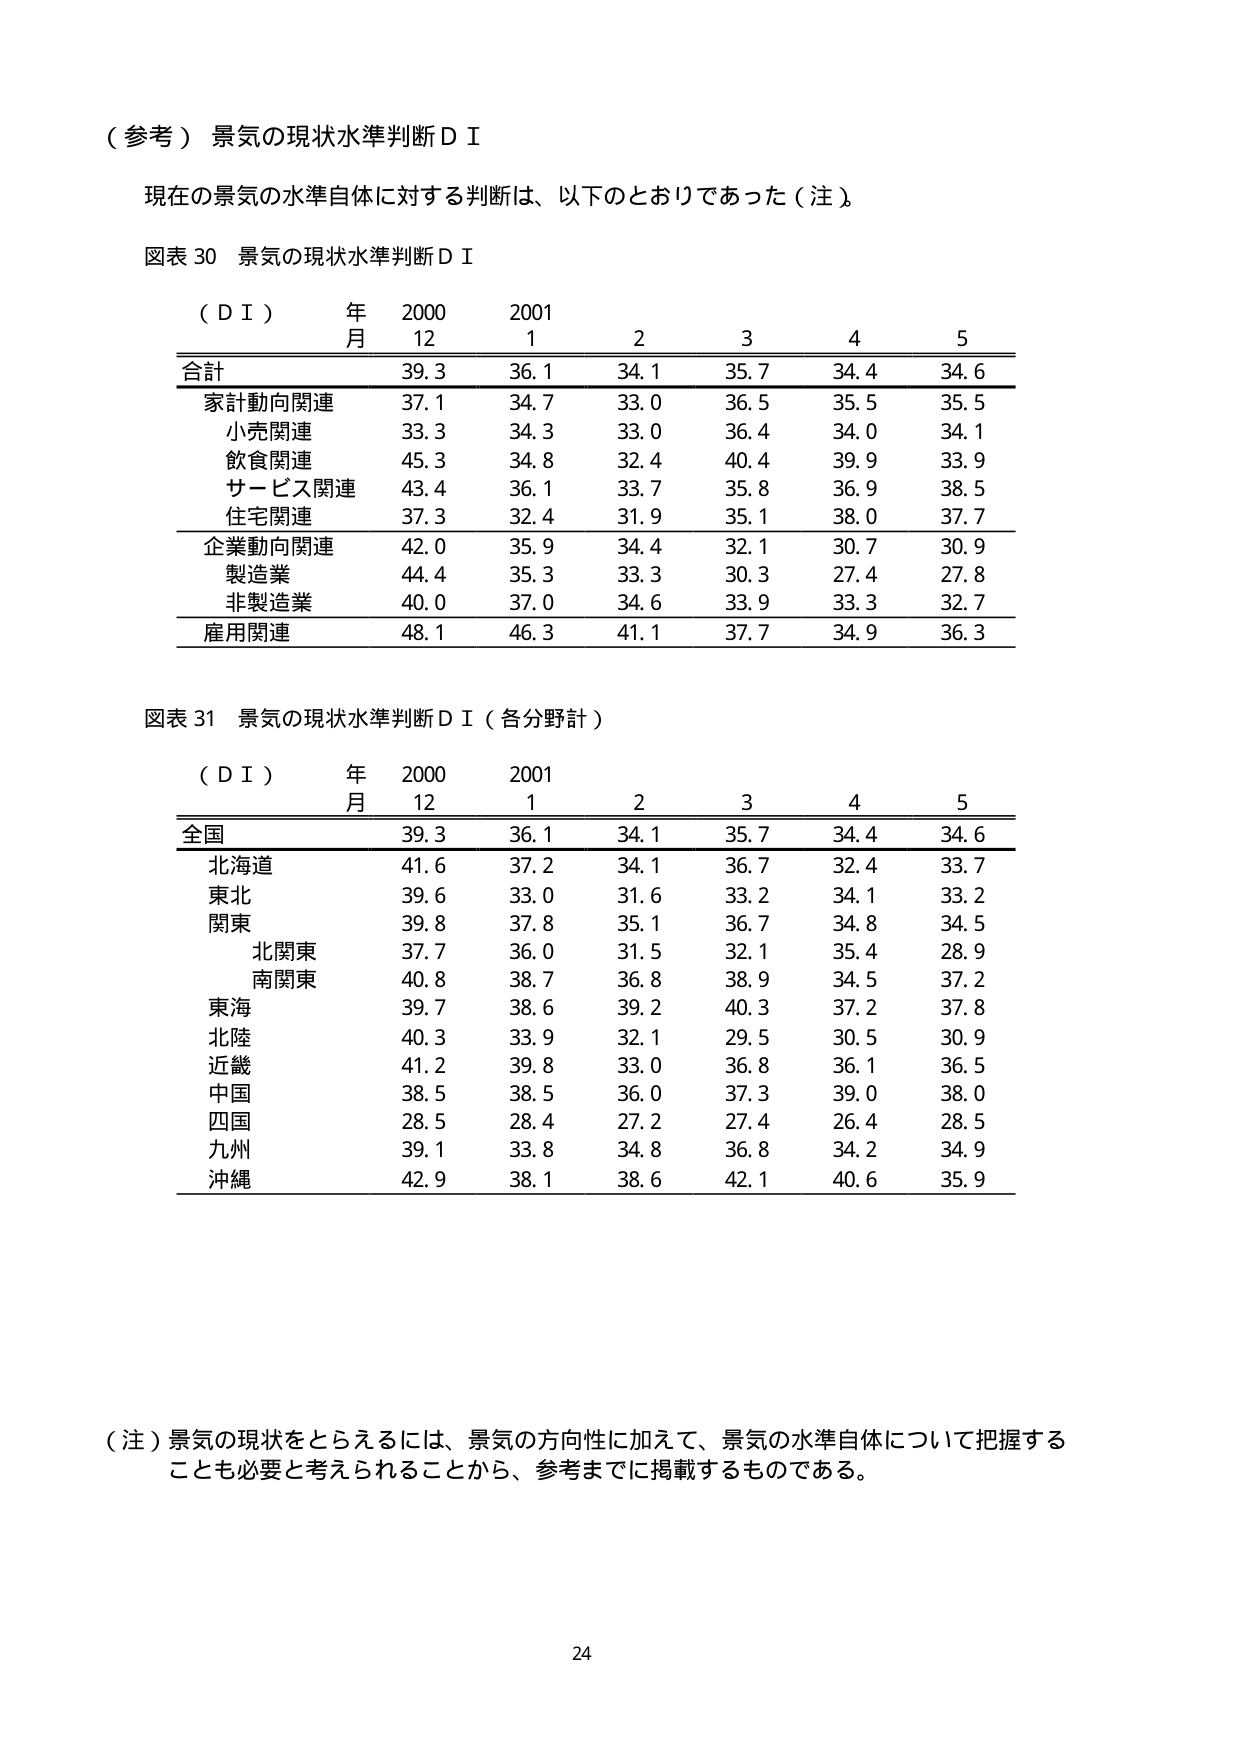
（参考）景気の現状水準判断ＤＩ

現在の景気の水準自体に対する判断は、以下のとおりであった（注）。

図表30 景気の現状水準判断ＤＩ

（ＤＩ） 年 2000 2001
　　　　月 12 1 2 3 4 5
合計 39.3 36.1 34.1 35.7 34.4 34.6
家計動向関連 37.1 34.7 33.0 36.5 35.5 35.5
　小売関連 33.3 34.3 33.0 36.4 34.0 34.1
　飲食関連 45.3 34.8 32.4 40.4 39.9 33.9
　サービス関連 43.4 36.1 33.7 35.8 36.9 38.5
　住宅関連 37.3 32.4 31.9 35.1 38.0 37.7
企業動向関連 42.0 35.9 34.4 32.1 30.7 30.9
　製造業 44.4 35.3 33.3 30.3 27.4 27.8
　非製造業 40.0 37.0 34.6 33.9 33.3 32.7
雇用関連 48.1 46.3 41.1 37.7 34.9 36.3

図表31 景気の現状水準判断ＤＩ（各分野計）

（ＤＩ） 年 2000 2001
　　　　月 12 1 2 3 4 5
全国 39.3 36.1 34.1 35.7 34.4 34.6
　北海道 41.6 37.2 34.1 36.7 32.4 33.7
　東北 39.6 33.0 31.6 33.2 34.1 33.2
　関東 39.8 37.8 35.1 36.7 34.8 34.5
　　北関東 37.7 36.0 31.5 32.1 35.4 28.9
　　南関東 40.8 38.7 36.8 38.9 34.5 37.2
　東海 39.7 38.6 39.2 40.3 37.2 37.8
　北陸 40.3 33.9 32.1 29.5 30.5 30.9
　近畿 41.2 39.8 33.0 36.8 36.1 36.5
　中国 38.5 38.5 36.0 37.3 39.0 38.0
　四国 28.5 28.4 27.2 27.4 26.4 28.5
　九州 39.1 33.8 34.8 36.8 34.2 34.9
　沖縄 42.9 38.1 38.6 42.1 40.6 35.9

（注）景気の現状をとらえるには、景気の方向性に加えて、景気の水準自体について把握することも必要と考えられることから、参考までに掲載するものである。

24